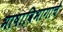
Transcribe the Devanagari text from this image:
भाषाविभागाचे